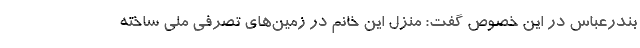
بندرعباس در این خصوص گفت: منزل این خانم در زمین‌های تصرفی ملی ساخته